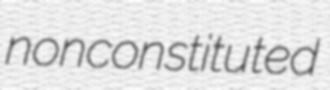
nonconstituted